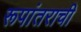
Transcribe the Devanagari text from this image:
रूपांतराची